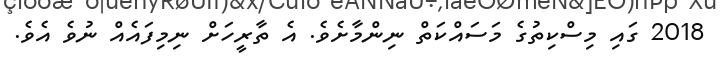
2018 ގައި މިސްކިތުގެ މަސައްކަތް ނިންމާށެވެ. އެ ތާރީހަށް ނިމިފައެއް ނުވެ އެވެ.